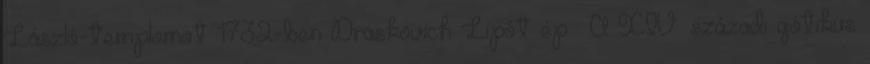
László-templomot 1732-ben Draskovich Lipót ép�. A XIV. századi gótikus